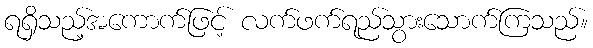
ရရှိသည့်အကောက်ဖြင့် လက်ဖက်ရည်သွားသောက်ကြသည်။